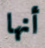
أنها